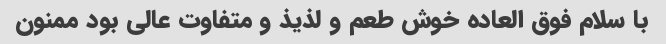
با سلام فوق العاده خوش طعم و لذیذ و متفاوت عالی بود ممنون